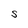
Character: S